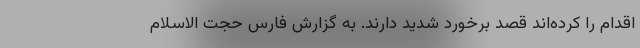
اقدام را کرده‌اند قصد برخورد شدید دارند. به گزارش فارس حجت الاسلام